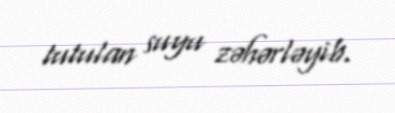
tutulan suyu zəhərləyib.